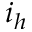
i _ { h }